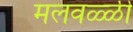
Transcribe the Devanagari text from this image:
मलवळ्ळी